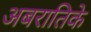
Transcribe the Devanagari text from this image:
अबरातिके